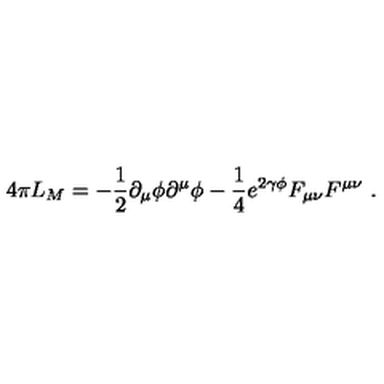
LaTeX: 4 \pi L _ { M } = - \frac { 1 } { 2 } \partial _ { \mu } \phi \partial ^ { \mu } \phi - \frac { 1 } { 4 } e ^ { 2 \gamma \phi } F _ { \mu \nu } F ^ { \mu \nu } \ .